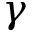
\gamma